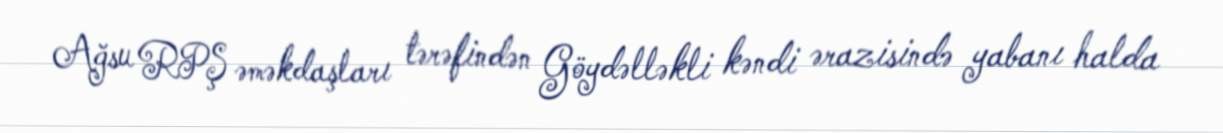
Ağsu RPŞ əməkdaşları tərəfindən Göydəlləkli kəndi ərazisində yabanı halda